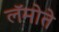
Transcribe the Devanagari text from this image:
लॅमोते